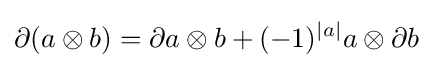
\partial (a\otimes b)=\partial a\otimes b+(-1)^{\left|a\right|}a\otimes \partial b